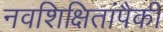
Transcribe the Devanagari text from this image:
नवशिक्षितांपैकी